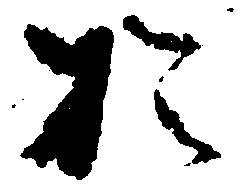
於